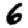
Digit: 6